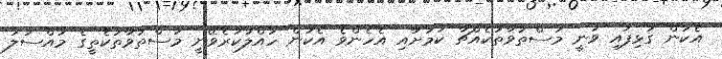
އެކަން ގުޅިފައި ވަނީ މަސްތުވާތަކެއްޗާ ކަމަށާއި އެހެންވެ އެކަން ހައްލުކުރެވޭނީ މަސްތުވާތަކެތީގެ މައްސަލަ